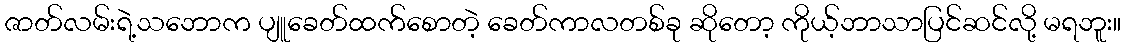
ဇာတ်လမ်းရဲ့သဘောက ပျူခေတ်ထက်စောတဲ့ ခေတ်ကာလတစ်ခု ဆိုတော့ ကိုယ့်ဘာသာပြင်ဆင်လို့ မရဘူး။